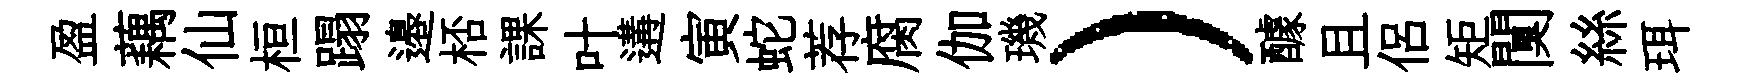
盈藕仙桓蹋邉桮課叶遘寅蛇荐腐伽璣）醵且侶矩闃絲珥